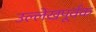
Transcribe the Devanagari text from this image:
उल्लेखपूर्वक